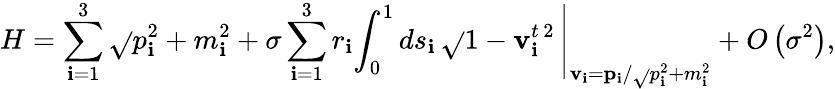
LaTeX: H=\sum_{\mathbf{i}=1}^{3}\sqrt{}{{p_{\mathbf{i}}^{2}+m_{\mathbf{i}}^{2}}}+\sigma\sum_{\mathbf{i}=1}^{3}r_{\mathbf{i}}\left.\int_{0}^{1}ds_{\mathbf{i}}\, \sqrt{}{{1-{\mathbf{v}}_{\mathbf{i}}^{t\, 2}}}\, \right|_{{\mathbf{v}}_{\mathbf{i}}={\mathbf{p}}_{\mathbf{i}}/\sqrt{}{{p_{\mathbf{i}}^{2}+m_{\mathbf{i}}^{2}}}}+O\left(\sigma^{2}\right),